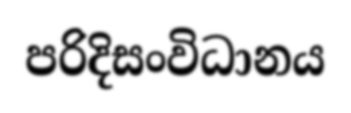
පරිදිසංවිධානය